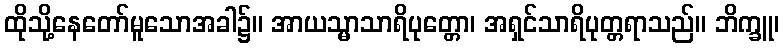
ထိုသို့နေတော်မူသောအခါ၌။ အာယသ္မာသာရိပုတ္တော၊ အရှင်သာရိပုတ္တရာသည်။ ဘိက္ခူ၊